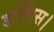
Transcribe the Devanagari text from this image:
डर्मिस।